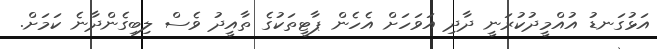
އަޅުގަނޑު އުއްމީދުކުރަނީ ދާދި އަވަހަށް އެހެން ޕާޓީތަކުގެ ތާއީދު ވެސް ލިބިގެންދާނެ ކަމަށް.